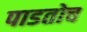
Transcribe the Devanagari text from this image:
पाडतोच